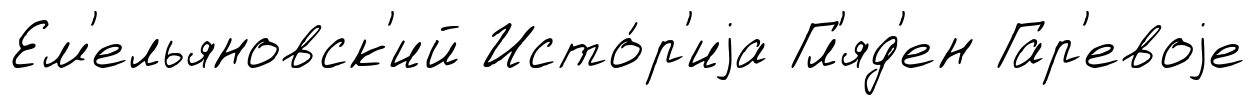
Ем'ельяновск'ий Исто́р'иjа Гл'яд'ен Гар'евоjе